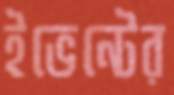
ইভেন্টের